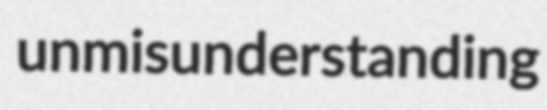
unmisunderstanding